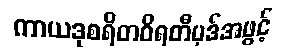
ကာယဒုစရိတဝိရတီပုဒ်အဖွင့်